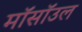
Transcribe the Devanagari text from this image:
मॉसॉउल